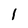
Character: 1